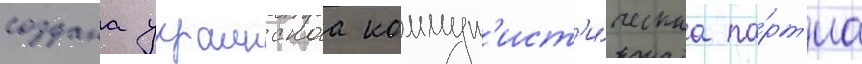
создана украинскаа коммун'ист'и́ческаа па́рт'иа